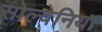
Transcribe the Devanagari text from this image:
सोल्वेनिया